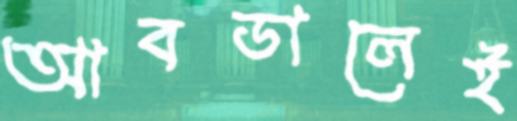
আবডালেই